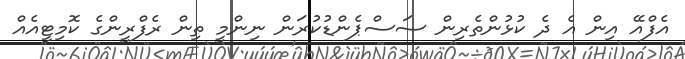
އެފްއޭ އިން އެ ދެ ކުޅުންތެރިން ސަސްޕެންޑުކުރަން ނިންމީ ތިން ރެފްރީންގެ ކޮމިޓީއެއް